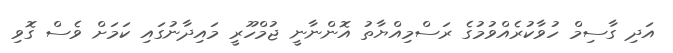
އަދި ގާސިމް ހުވާކުރެއްވުމުގެ ރަސްމިއްޔާތު އޮންނާނީ ޖުމްހޫރީ މައިދާނުގައި ކަމަށް ވެސް ގޮވި